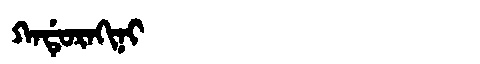
Manchu: ᡴᠠᡩᡠᡵᠠᡴᡳᠨᡳ
Romanization: KADURAKINI